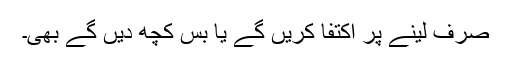
صرف لینے پر اکتفا کریں گے یا بس کچھ دیں گے بھی۔